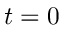
t = 0